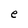
Character: e